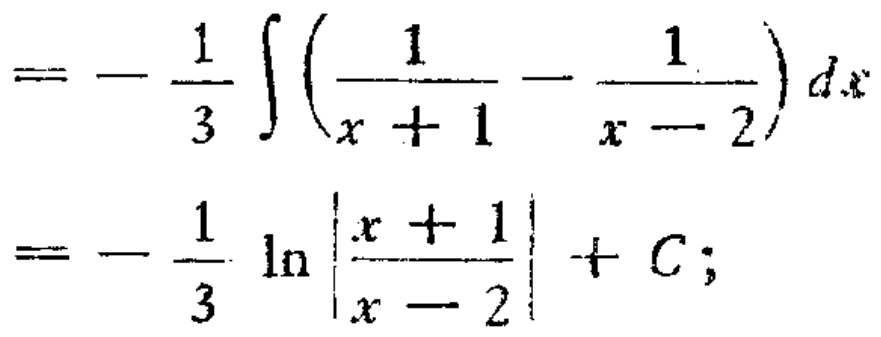
\[

=-\frac{1}{3}\int\left(\frac{1}{x + 1}-\frac{1}{x - 2}\right)dx\\

=-\frac{1}{3}\ln\left|\frac{x + 1}{x - 2}\right|+C;

\]